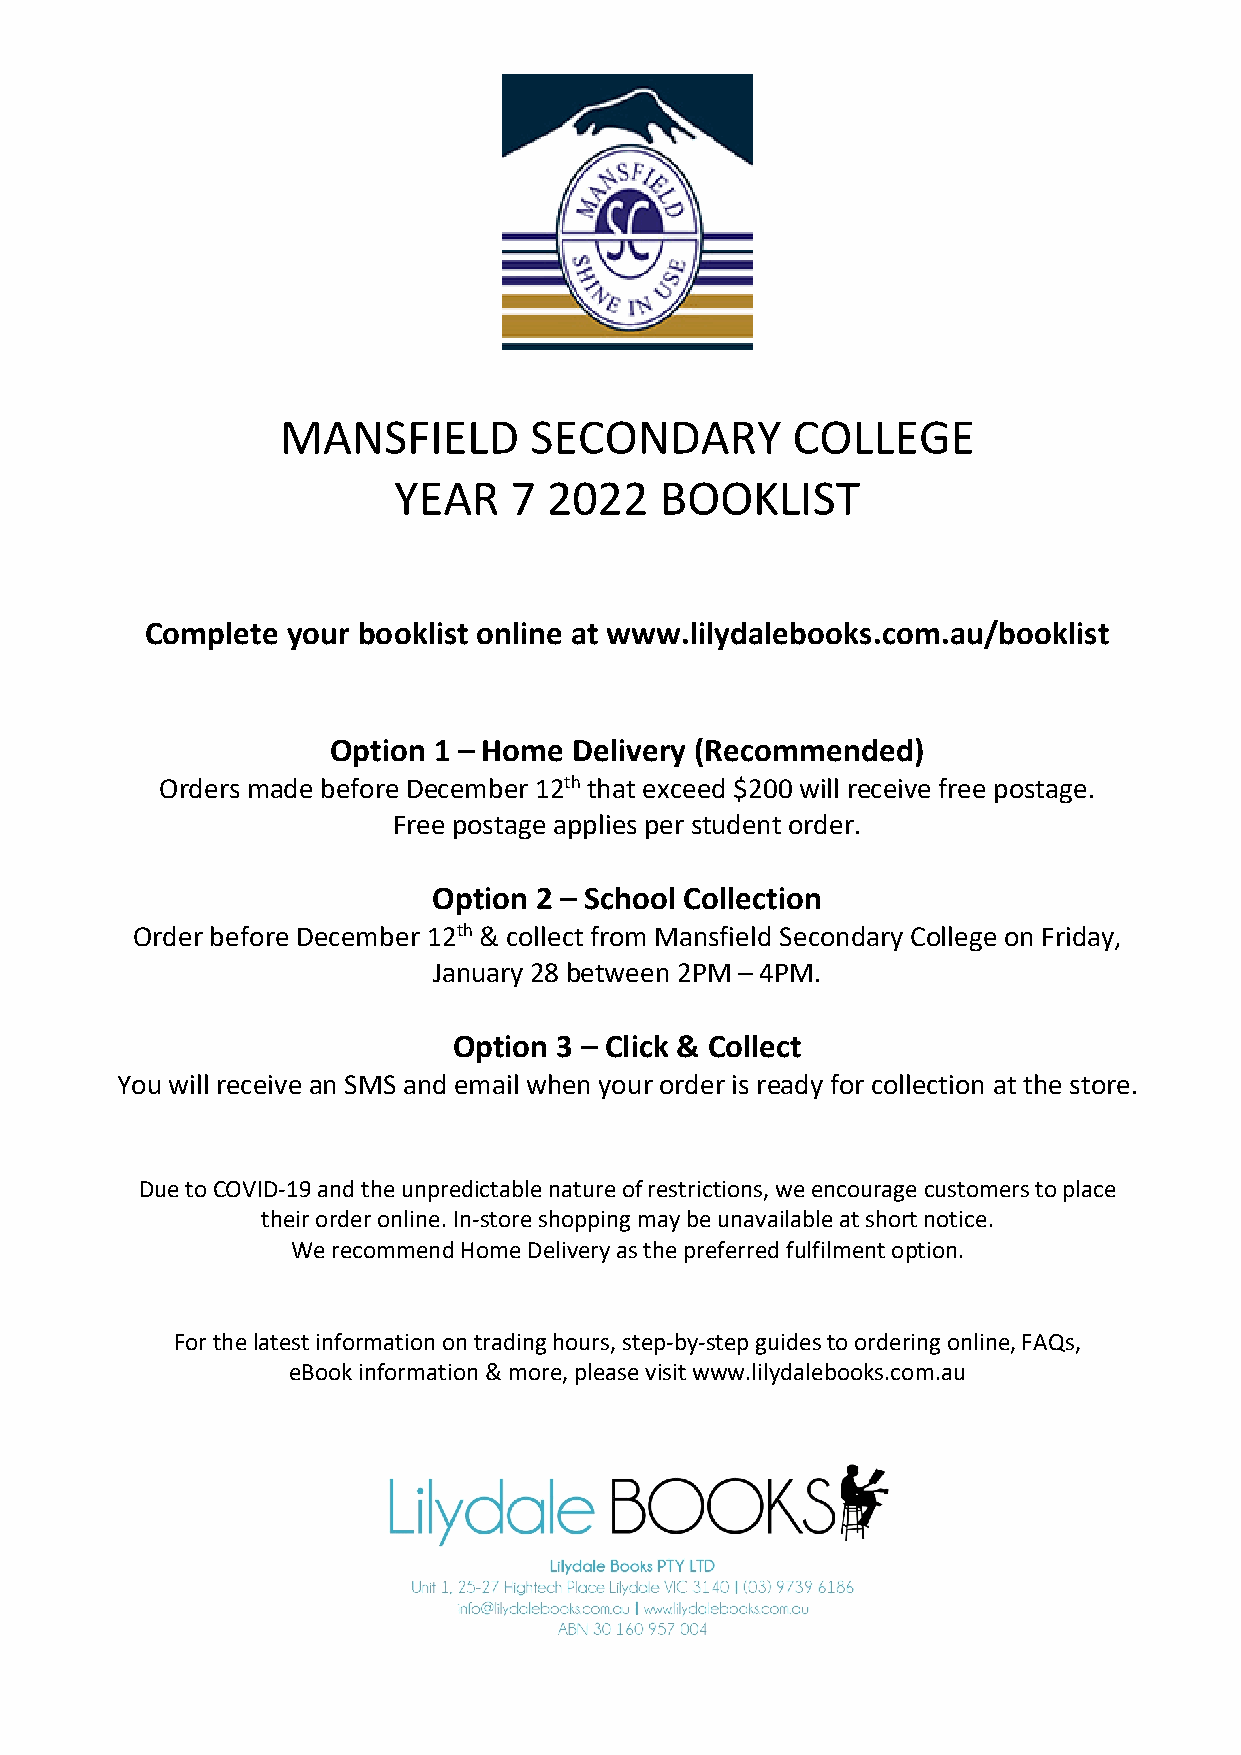
MANSFIELD       SECONDARY        COLLEGE
 YEAR    7 2022    BOOKLIST
 Complete your booklist online at www.lilydalebooks.com.au/booklist
 Option 1 – Home Delivery (Recommended)
 Orders made before December 12th that exceed $200 will receive free postage.
 Free postage applies per student order.
 Option 2 – School Collection
 Order before December 12th & collect from Mansfield Secondary College on Friday,
 January 28 between 2PM – 4PM.
 Option 3 – Click & Collect
 You will receive an SMS and email when your order is ready for collection at the store.
 Due to COVID-19 and the unpredictable nature of restrictions, we encourage customers to place
 their order online. In-store shopping may be unavailable at short notice.
 We recommend Home Delivery as the preferred fulfilment option.
 For the latest information on trading hours, step-by-step guides to ordering online, FAQs,
 eBook information & more, please visit www.lilydalebooks.com.au